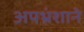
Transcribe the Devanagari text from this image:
अपभ्रंशाने